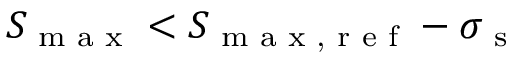
S _ { \textrm { m a x } } < S _ { \textrm { m a x , r e f } } - \sigma _ { \textrm { s } }